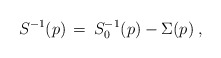
\begin{align*}S^{-1} (p) \,=\, S_0^{-1} (p) - \Sigma (p) \; ,\end{align*}